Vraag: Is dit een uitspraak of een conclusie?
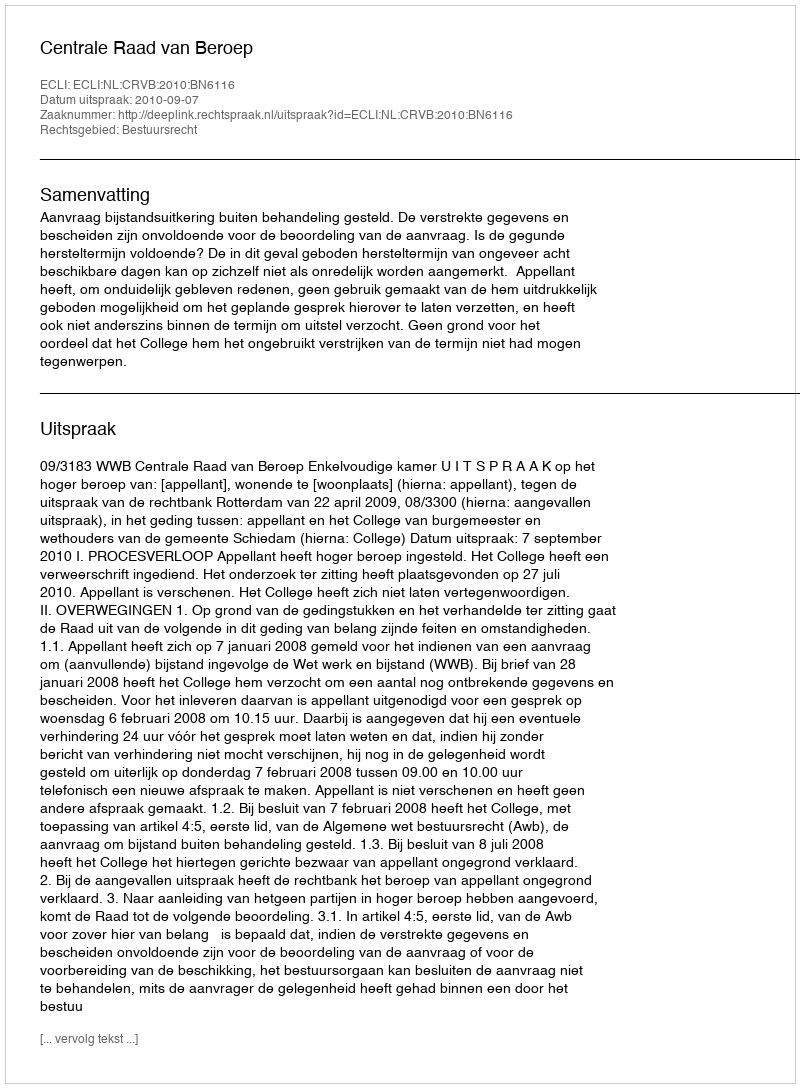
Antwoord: Uitspraak